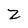
Character: Z